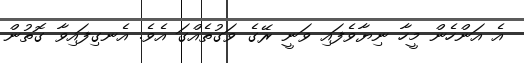
އެ އަންހެން މީހާ ނިޔާވެފައި ވަނީ ރޭގެ ވަގުތެއްގަ އެވެ. އެނގިފައިވާ ގޮތުން